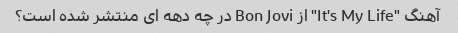
آهنگ "It's My Life" از Bon Jovi در چه دهه ای منتشر شده است؟